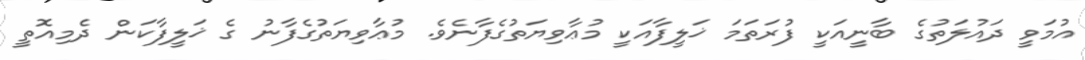
އުމަވީ ދައުލަތުގެ ބާނީއަކީ ފުރަތަމަ ޚަލީފާއަކީ މުޢާވިޔަތުގެފާނެވެ. މުޢާވިޔަތުގެފާނު ގެ ޚަލީފާކަން ދެމިއޮތީ